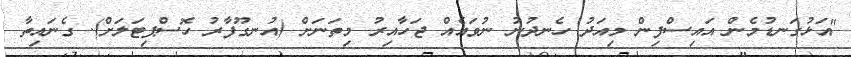
"އަޅުގަނޑުމެން އައިސްފިން މިއަދު ހެނދުނު ނުވައެއް ޖަހާއިރު މިތަނަށް (އުނގޫފާރު ހޮސްޕިޓަލަށް). ގެނައިތާ